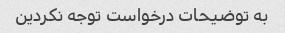
به توضیحات درخواست توجه نکردین